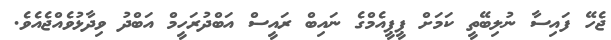
ޖެހޭ ފައިސާ ނުލިބޭތީ ކަމަށް ޕީޕީއެމްގެ ނައިބް ރައީސް އަބްދުރަހީމް އަބްދު ވިދާޅުވެއްޖެއެވެ.